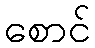
စောင်